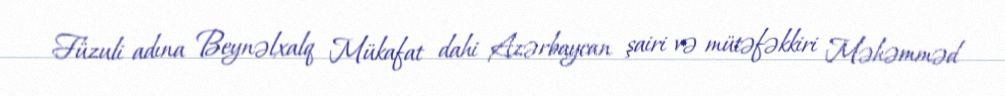
Füzuli adına Beynəlxalq Mükafat dahi Azərbaycan şairi və mütəfəkkiri Məhəmməd